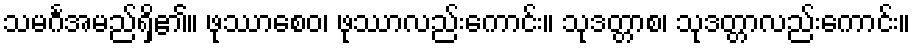
သမင်္ဂအမည်ရှိ၏။ ဖုဿာစေဝ၊ ဖုဿာလည်းကောင်း။ သုဒတ္တာစ၊ သုဒတ္တာလည်းကောင်း။